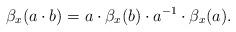
LaTeX: \begin{align*}\beta_x(a\cdot b) = a\cdot \beta_x(b)\cdot a^{-1}\cdot \beta_x(a).\end{align*}